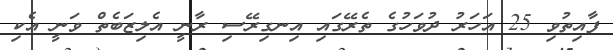
ފާއިތުވި 25 އަހަރު ދުވަހުގެ ތެރޭގައި އިނގިރޭސި ރާނީ އެލިިޒަބެތް ވަނީ އެކި